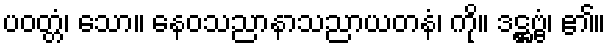
ပဝတ္တံ၊ သော။ နေဝသညာနာသညာယတနံ၊ ကို။ ဒဋ္ဌဗ္ဗံ၊ ၏။